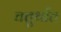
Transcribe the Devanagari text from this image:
चतुर्थांत